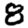
Digit: 8